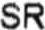
SR